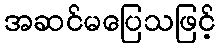
အဆင်မပြေသဖြင့်